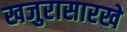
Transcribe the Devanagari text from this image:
खजुरासारखे